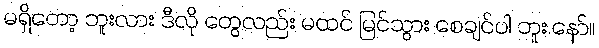
မရှိတော့ ဘူးလား ဒီလို တွေလည်း မထင် မြင်သွား စေချင်ပါ ဘူး.နော်။